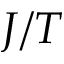
J / T